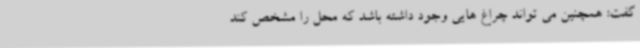
گفت: همچنین می تواند چراغ هایی وجود داشته باشد که محل را مشخص کند